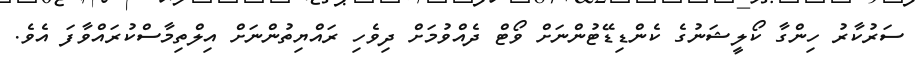
ސަރުކާރު ހިންގާ ކޯލީޝަނުގެ ކެންޑިޑޭޓުންނަށް ވޯޓް ދެއްވުމަށް ދިވެހި ރައްޔިތުންނަށް އިލްތިމާސްކުރައްވާފަ އެވެ.